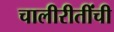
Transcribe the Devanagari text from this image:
चालीरीतींची